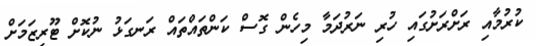
ކުރުމާއި ރަށްރަށުގައި ހުރި ނަރުދަމާ މިހެން ގޮސް ކަންތައްތައް ރަނގަޅު ނުކޮށް ޓޫރިޒަމަށް